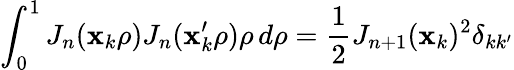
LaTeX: \int_{0}^{1}J_{n}(\mathbf{x}_{k}\rho)J_{n}(\mathbf{x}_{k}^{\prime}\rho)\rho\, d\rho={\frac{{1}}{{2}}}J_{n+1}(\mathbf{x}_{k})^{2}\delta_{kk^{\prime}}